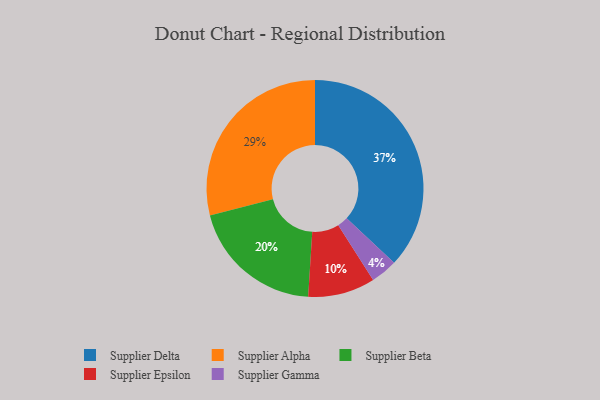
{"axis": {"x": "Category", "y": "Percentage"}, "legend": ["Supplier Alpha", "Supplier Beta", "Supplier Delta", "Supplier Epsilon", "Supplier Gamma"], "data": [{"x": "Supplier Delta", "y": 37, "type": "Supplier Delta"}, {"x": "Supplier Gamma", "y": 4, "type": "Supplier Gamma"}, {"x": "Supplier Beta", "y": 20, "type": "Supplier Beta"}, {"x": "Supplier Alpha", "y": 29, "type": "Supplier Alpha"}, {"x": "Supplier Epsilon", "y": 10, "type": "Supplier Epsilon"}]}